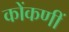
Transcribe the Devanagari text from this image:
कोंकणीं